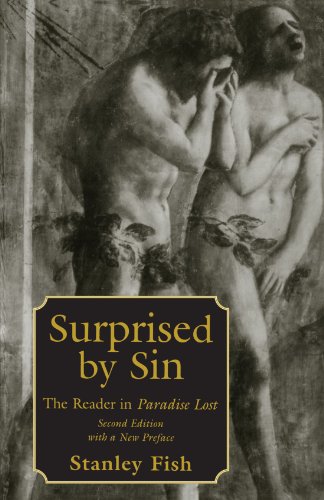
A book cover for Surprised by Sin: The Reader in Paradise Lost, 2nd Edition; Stanley Fish; Christian Books & Bibles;